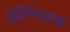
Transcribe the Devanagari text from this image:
बेल्गियम